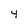
Character: 4